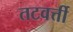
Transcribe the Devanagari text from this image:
तटवर्त्ती